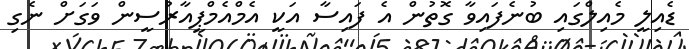
ޑެއިލީ މެއިލްގައި ބުނެފައިވާ ގޮތުން އެ ފައިސާ އަކީ އެމްއެމްޕީއާރުސީން ވަގަށް ނެގި